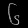
Digit: ၆